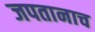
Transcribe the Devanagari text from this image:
जपतानाच